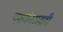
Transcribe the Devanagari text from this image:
यशवंतरावही